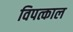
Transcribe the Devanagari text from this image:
विपत्काल